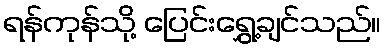
ရန်ကုန်သို့ ပြေင်းရွှေ့ချင်သည်။